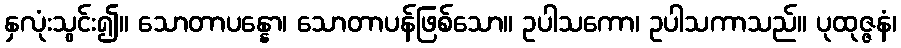
နှလုံးသွင်း၍။ သောတာပန္နော၊ သောတာပန်ဖြစ်သော။ ဥပါသကော၊ ဥပါသကာသည်။ ပုထုဇ္ဇနံ၊